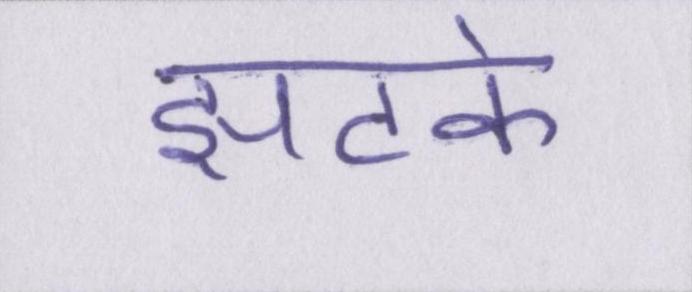
झटके